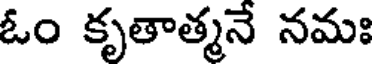
ఓం కృతాత్మనే నమః